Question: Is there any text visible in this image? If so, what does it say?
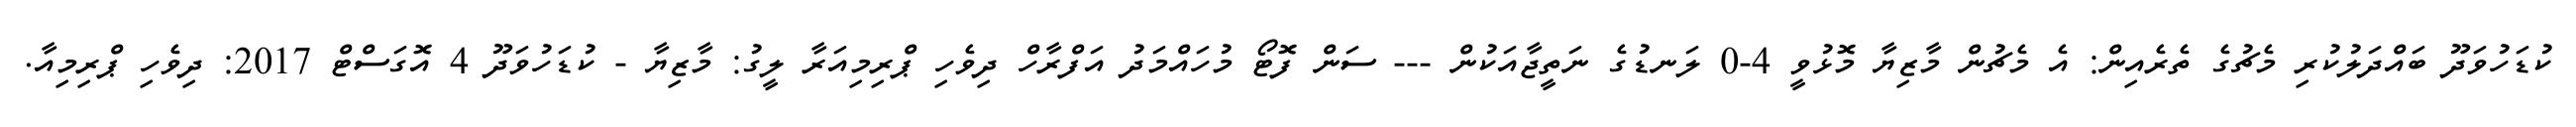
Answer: ކުޑަހުވަދޫ ބައްދަލުކުރި މެޗުގެ ތެރެއިން: އެ މެޗުން މާޒިޔާ މޮޅުވީ 4-0 ލަނޑުގެ ނަތީޖާއަކުން --- ސަން ފޮޓޯ މުހައްމަދު އަފްރާހް ދިވެހި ޕްރިމިއަރާ ލީގު: މާޒިޔާ - ކުޑަހުވަދޫ 4 އޮގަސްޓް 2017: ދިވެހި ޕްރިމިއާ.